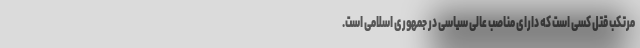
مرتکب قتل کسی است که دارای مناصب عالی سیاسی در جمهوری اسلامی است.